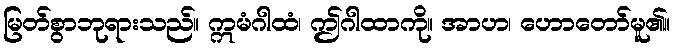
မြတ်စွာဘုရားသည်။ ဣမံဂါထံ၊ ဤဂါထာကို။ အာဟ၊ ဟောတော်မူ၏။